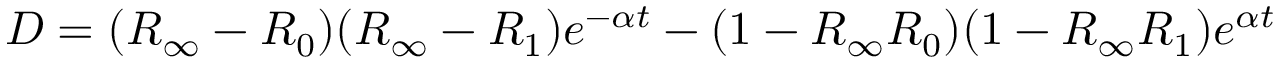
D = ( R _ { \infty } - R _ { 0 } ) ( R _ { \infty } - R _ { 1 } ) e ^ { - \alpha t } - ( 1 - R _ { \infty } R _ { 0 } ) ( 1 - R _ { \infty } R _ { 1 } ) e ^ { \alpha t }